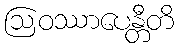
ဩဝဿာပေန္တီတိ